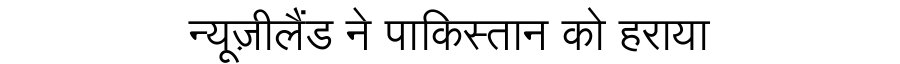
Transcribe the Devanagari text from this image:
न्यूज़ीलैंड ने पाकिस्तान को हराया